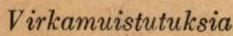
Virkamuistutuksia